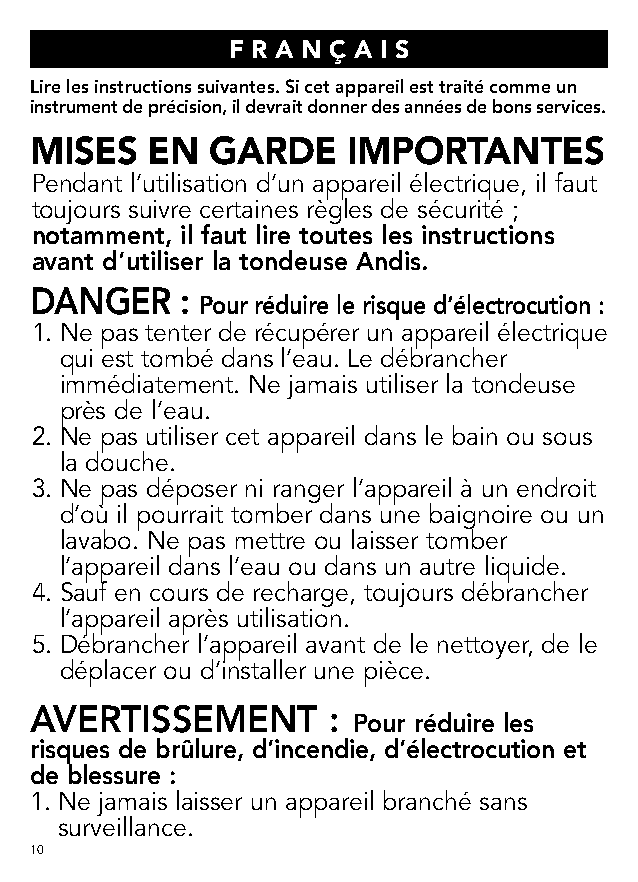
F R A N Ç A I S
 Lire les instructions suivantes. Si cet appareil est traité comme un
 instrument de précision, il devrait donner des années de bons services.
 MISES   EN  GARDE    IMPORTANTES
 Pendant l’utilisation d’un appareil électrique, il faut
 toujours suivre certaines règles de sécurité ;
 notamment, il faut lire toutes les instructions
 avant d’utiliser la tondeuse Andis.
 DANGER    :
 Pour réduire le risque d’électrocution :
 1. Ne pas tenter de récupérer un appareil électrique
 qui est tombé dans l’eau. Le débrancher
 immédiatement. Ne jamais utiliser la tondeuse
 près de l’eau.
 2. Ne pas utiliser cet appareil dans le bain ou sous
 la douche.
 3. Ne pas déposer ni ranger l’appareil à un endroit
 d’où il pourrait tomber dans une baignoire ou un
 lavabo. Ne pas mettre ou laisser tomber
 l’appareil dans l’eau ou dans un autre liquide.
 4. Sauf en cours de recharge, toujours débrancher
 l’appareil après utilisation.
 5. Débrancher l’appareil avant de le nettoyer, de le
 déplacer ou d’installer une pièce.
 AVERTISSEMENT       :
 Pour réduire les
 risques de brûlure, d’incendie, d’électrocution et
 de blessure :
 1. Ne jamais laisser un appareil branché sans
 surveillance.
 10